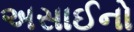
અસાઈનો